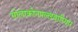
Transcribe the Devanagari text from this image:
सोलाकोनपल्लवारियार